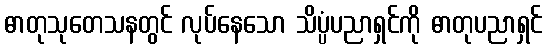
ဓာတုသုတေသနတွင် လုပ်နေသော သိပ္ပံပညာရှင်ကို ဓာတုပညာရှင်